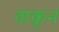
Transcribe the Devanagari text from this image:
वाकुन